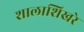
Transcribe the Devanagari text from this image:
शालाशिखरे